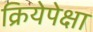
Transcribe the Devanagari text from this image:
क्रियेपेक्षा